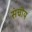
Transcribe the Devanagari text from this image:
संचीय